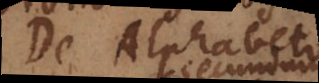
De Alphabeto